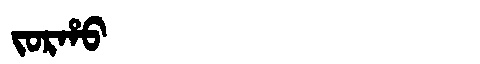
Manchu: ᠵᠣᡵᡥᠣ
Romanization: JORHO